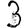
Digit: 3